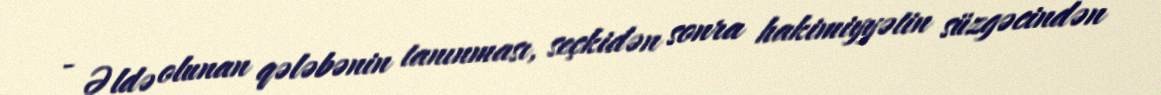
- Əldə olunan qələbənin tanınması, seçkidən sonra hakimiyyətin süzgəcindən